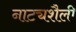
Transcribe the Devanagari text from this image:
नाट्यशैली